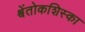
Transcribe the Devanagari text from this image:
श्वेंतोकशिस्का